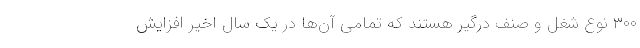
۳۰۰ نوع شغل و صنف درگیر هستند که تمامی آن‌ها در یک سال اخیر افزایش